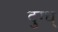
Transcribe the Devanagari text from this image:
दुग्ध्